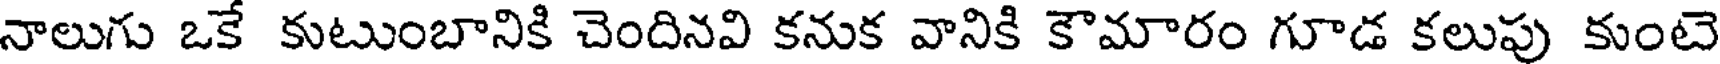
నాలుగు ఒకే కుటుంబానికి చెందినవి కనుక వానికి కౌమారం గూడ కలుపు కుంటె